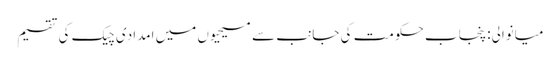
میانوالی: پنجاب حکومت کی جانب سے مسیحیوں میں امدادی چیک کی تقسیم